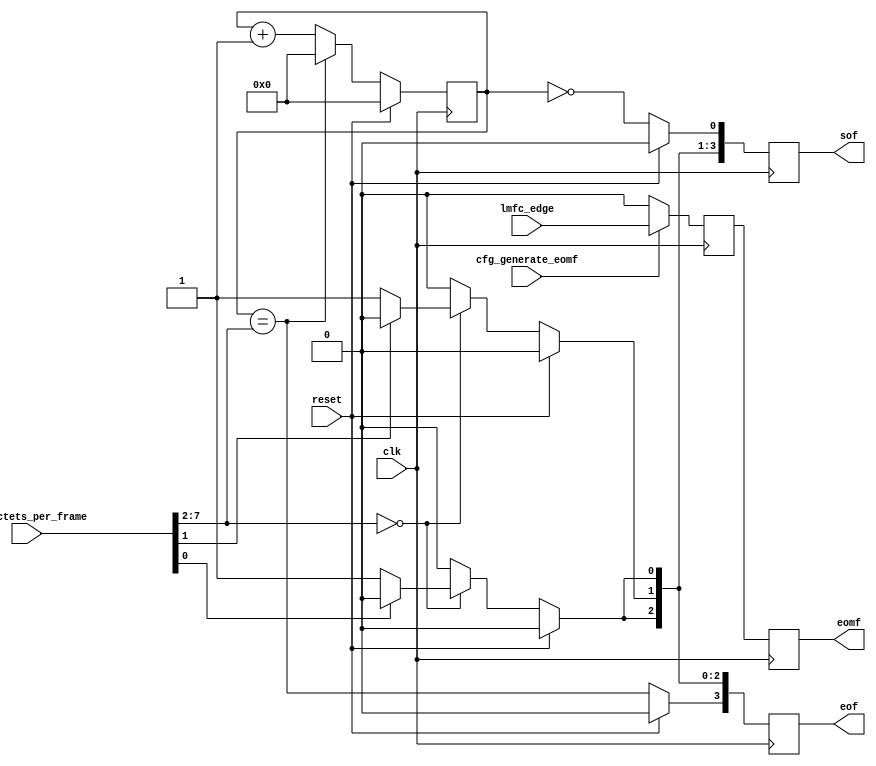
// ***************************************************************************
// ***************************************************************************
// Copyright (C) 2017, 2018, 2022 Analog Devices, Inc. All rights reserved.
// SPDX short identifier: ADIJESD204
// ***************************************************************************
// ***************************************************************************

`timescale 1ns/100ps

module jesd204_eof_generator #(
  parameter DATA_PATH_WIDTH = 4,
  parameter MAX_OCTETS_PER_FRAME = 256
) (
  input clk,
  input reset,

  input lmfc_edge,

  input [7:0] cfg_octets_per_frame,
  input cfg_generate_eomf,

  output reg [DATA_PATH_WIDTH-1:0] sof,
  output reg [DATA_PATH_WIDTH-1:0] eof,
  output reg eomf
);

  localparam CW = MAX_OCTETS_PER_FRAME > 128 ? 8 :
    MAX_OCTETS_PER_FRAME > 64 ? 7 :
    MAX_OCTETS_PER_FRAME > 32 ? 6 :
    MAX_OCTETS_PER_FRAME > 16 ? 5 :
    MAX_OCTETS_PER_FRAME > 8 ? 4 :
    MAX_OCTETS_PER_FRAME > 4 ? 3 :
    MAX_OCTETS_PER_FRAME > 2 ? 2 : 1;
  localparam DPW_LOG2 = DATA_PATH_WIDTH == 8 ? 3 :
    DATA_PATH_WIDTH == 4 ? 2 : 1;

  reg lmfc_edge_d1 = 1'b0;

  wire beat_counter_sof;
  wire beat_counter_eof;
  wire small_octets_per_frame;

  always @(posedge clk) begin
    if (cfg_generate_eomf == 1'b1) begin
      lmfc_edge_d1 <= lmfc_edge;
    end else begin
      lmfc_edge_d1 <= 1'b0;
    end
    eomf <= lmfc_edge_d1;
  end

  generate
  if (CW > DPW_LOG2) begin
    reg [CW-DPW_LOG2-1:0] beat_counter = 'h00;
    wire [CW-DPW_LOG2-1:0] cfg_beats_per_frame = cfg_octets_per_frame[CW-1:DPW_LOG2];

    assign beat_counter_sof = beat_counter == 'h00;
    assign beat_counter_eof = beat_counter == cfg_beats_per_frame;
    assign small_octets_per_frame = cfg_beats_per_frame == 'h00;

    always @(posedge clk) begin
      if (reset == 1'b1) begin
        beat_counter <= 'h00;
      end else if (beat_counter_eof == 1'b1) begin
        beat_counter <= 'h00;
      end else begin
        beat_counter <= beat_counter + 1'b1;
      end
    end

  end else begin
    assign beat_counter_sof = 1'b1;
    assign beat_counter_eof = 1'b1;
    assign small_octets_per_frame = 1'b1;
  end
  endgenerate

  function [1:0] ffs;
  input [2:0] x;
  begin
    case (x)
    1: ffs = 0;
    2: ffs = 1;
    3: ffs = 0;
    4: ffs = 2;
    5: ffs = 0;
    6: ffs = 1;
    7: ffs = 0;
    default: ffs = 0;
    endcase
  end
  endfunction

  integer i;

  /* Only 1, 2 and multiples of 4 are supported atm */
  always @(posedge clk) begin
    if (reset == 1'b1) begin
      sof <= {DATA_PATH_WIDTH{1'b0}};
      eof <= {DATA_PATH_WIDTH{1'b0}};
    end else begin
      sof <= {{DATA_PATH_WIDTH-1{1'b0}},beat_counter_sof};
      eof <= {beat_counter_eof,{DATA_PATH_WIDTH-1{1'b0}}};

      if (small_octets_per_frame == 1'b1) begin
        for (i = 1; i < DATA_PATH_WIDTH; i = i + 1) begin
          if (cfg_octets_per_frame[ffs(i)] != 1'b1) begin
            sof[i] <= 1'b1;
            eof[DATA_PATH_WIDTH-1-i] <= 1'b1;
          end
        end
      end else begin
      end
    end
  end

endmodule